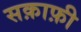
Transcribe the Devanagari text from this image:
सक़ाफ़ी